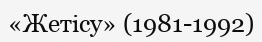
«Жетісу» (1981-1992)